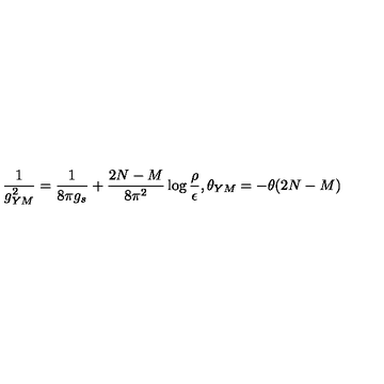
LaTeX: \frac { 1 } { g _ { Y M } ^ { 2 } } = \frac { 1 } { 8 \pi g _ { s } } + \frac { 2 N - M } { 8 \pi ^ { 2 } } \log \frac { \rho } { \epsilon } , \theta _ { Y M } = - \theta ( 2 N - M )